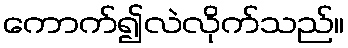
ကောက်၍လဲလိုက်သည်။